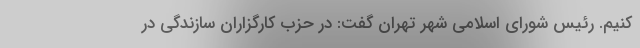
کنیم. رئیس شورای اسلامی شهر تهران گفت: در حزب کارگزاران سازندگی در